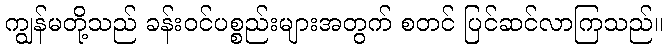
ကျွန်မတို့သည် ခန်းဝင်ပစ္စည်းများအတွက် စတင် ပြင်ဆင်လာကြသည်။